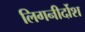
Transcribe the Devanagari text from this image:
लिगनीर्दोश